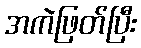
အကဲဖြတ်ပြီး